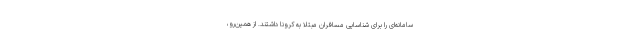
سامانه‌ای را برای شناسایی مسافران مبتلا به کرونا داشتند. از همین‌رو،